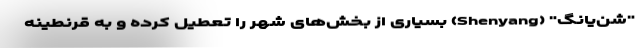
"شن‌یانگ" (Shenyang) بسیاری از بخش‌های شهر را تعطیل کرده و به قرنطینه